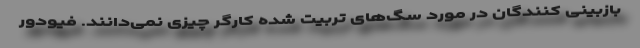
بازبینی کنندگان در مورد سگ‌های تربیت شده کارگر چیزی نمی‌دانند. فیودور